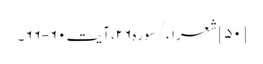
[۵۰] شعراء/سوره۲۶، آیت ۶۰-۶۶۔